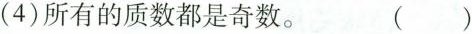
(4)所有的质数都是奇数。 ()